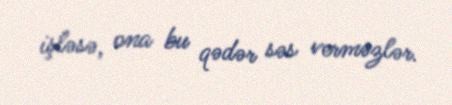
işləsə, ona bu qədər səs verməzlər.